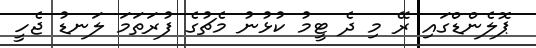
ޕޮލެންޑްގައި ރޭ މި ދެ ޓީމު ކުޅުނު މެޗުގެ ފުރަތަމަ ލަނޑު ޖެހީ